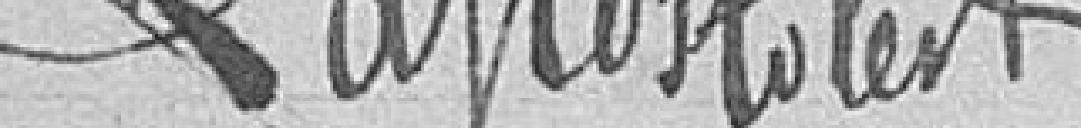
Lapostolest